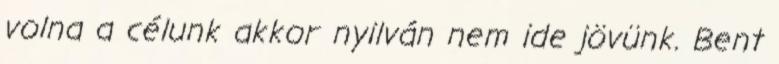
volna a célunk akkor nyilván nem ide jövünk. Bent